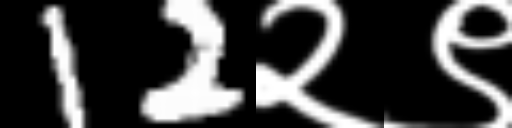
Text: 12२९